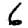
Digit: 6